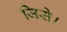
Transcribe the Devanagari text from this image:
जिसे।